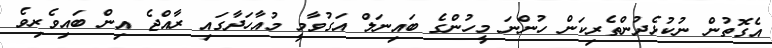
އެގޮތުން ނުކުޅެދުންތެރިކަން ހުންނަ މީހުންގެ ބައިނަލް އަގުވާމީ މުއާހަދާގައި ރާއްޖެ އިން ބައިވެރިވެ